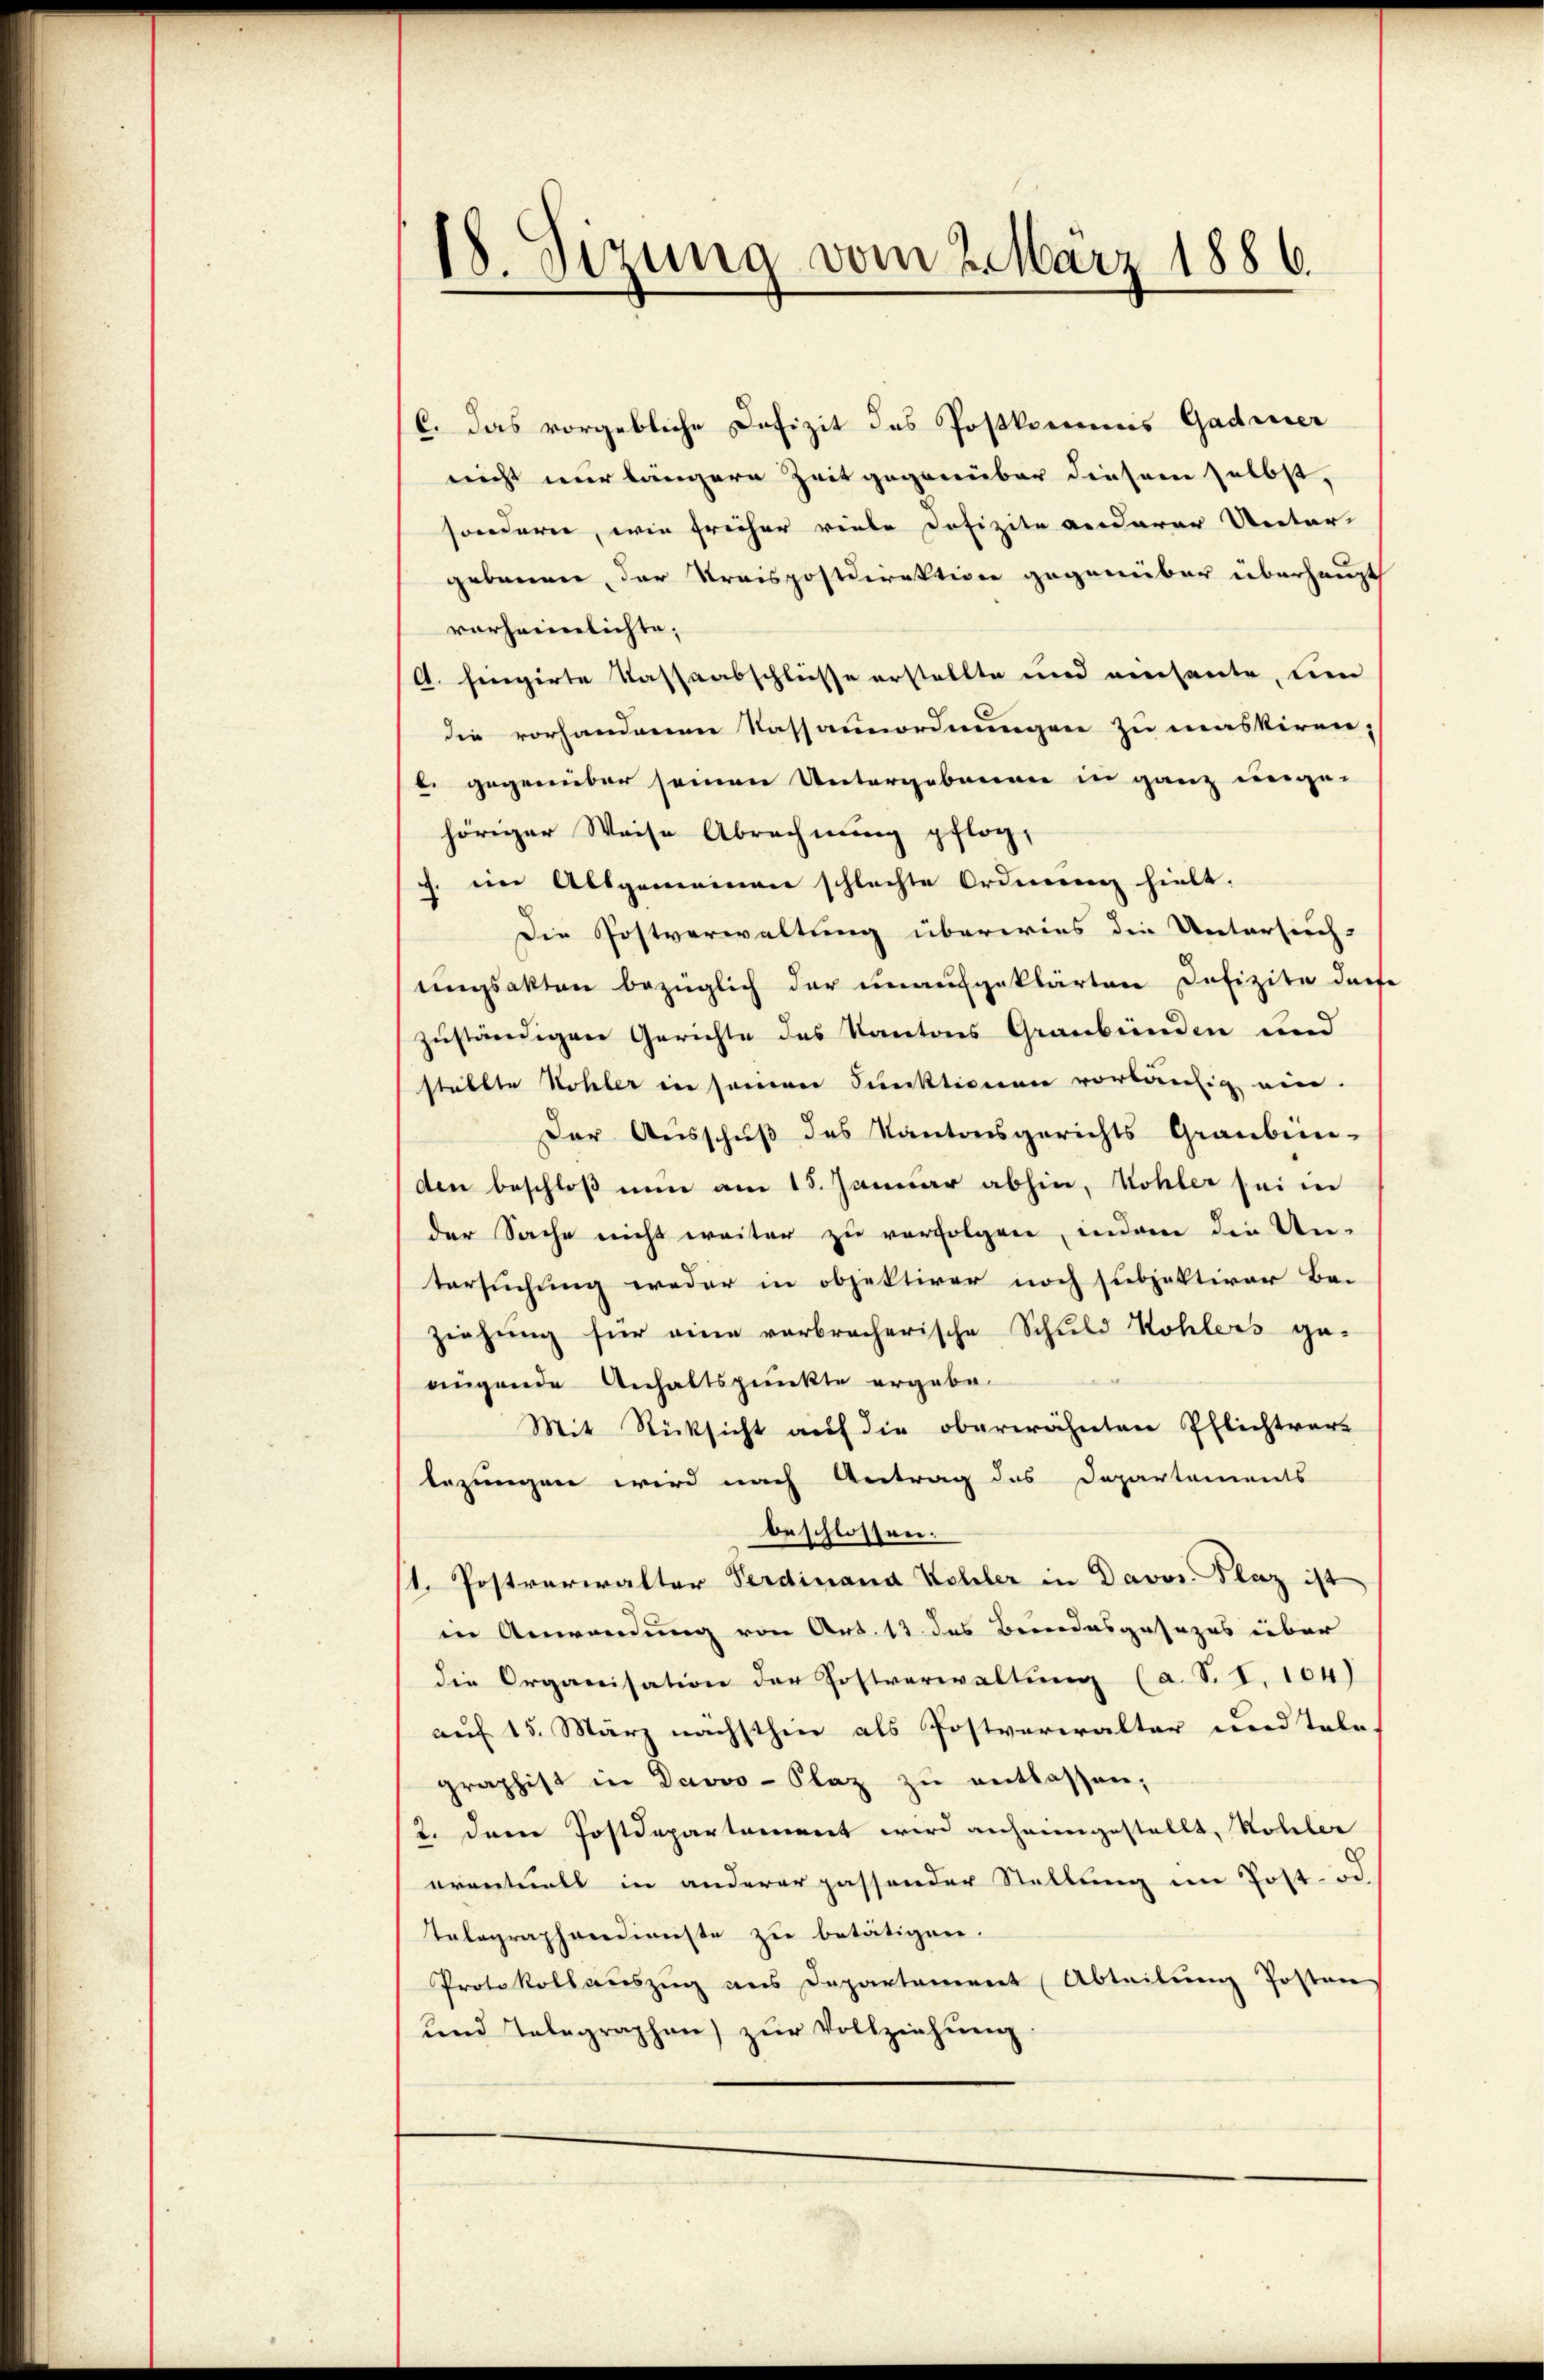
18. Sezung vom 2. März 1886.

C. Das vorgebliche Defizit des Postkommis Gadmer
nicht nur längere Zeit gegenüber diesem selbst,
sondern, wie früher viele Defizite anderer Unter-
gebauen, der Kraispostdirektion gegenüber überhaupt
vorheimlichte,
A. hingirte Kassaabschliesse erstellte und einheute, um
die vorhandenen Nassaunordnungen zu maskiren;
b. gegenüber seinen Untergebenen in ganz unge-
höriger Weise Abrechnung pflog,
J. ein Allgemeinen schlechte Ordnung hielt.
Die Postverwaltung überwies die Untersuch-
tingsakten bezüglich der unaufgeklärten Defizite dar
zuständigen Gerichte des Kantons Graubünden und
stählte Wohler in seinen Funktionen vorläufig ein.
Der Ausschuß des Kantonsgerichts Graubün-
den beschloß nun am 15. Januar abhin, Kohler sei in
der Sache nicht weiter zu verfolgen, indem die Un-
tersuchung weder in objektiver noch subjektiver Be-
ziehŭng für eine vorbracherische Schuld Kohlers ge-
augende Anhaltspunkte ergabe.
Mit Rücksicht auf die oberwähnten Pflichtver-
bezungen wird nach Antrag des Departements
beschlossen.
1. Postverwalter Verdinand Kohler in Davos. Plaz ist
in Anwendung von Art. 12 des Beindesgesezes über
die Organisation der Postverwaltung (a. S. I. 104)
auf 15. März nächsthier als Postverwalter und Tale
graphist in Davos- Plaz zŭ entlassen;
2. Dem Postdepartement wird anheimgestellt, Kohler
eventuell in anderer passender Stellung im Post- od.
Telegraphendienste zu betätigen.
Protokollauszug aus Departement Abteilung Posten
und Telegraphen) zŭr Vollziehŭng